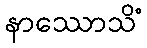
နာဿောသိံ